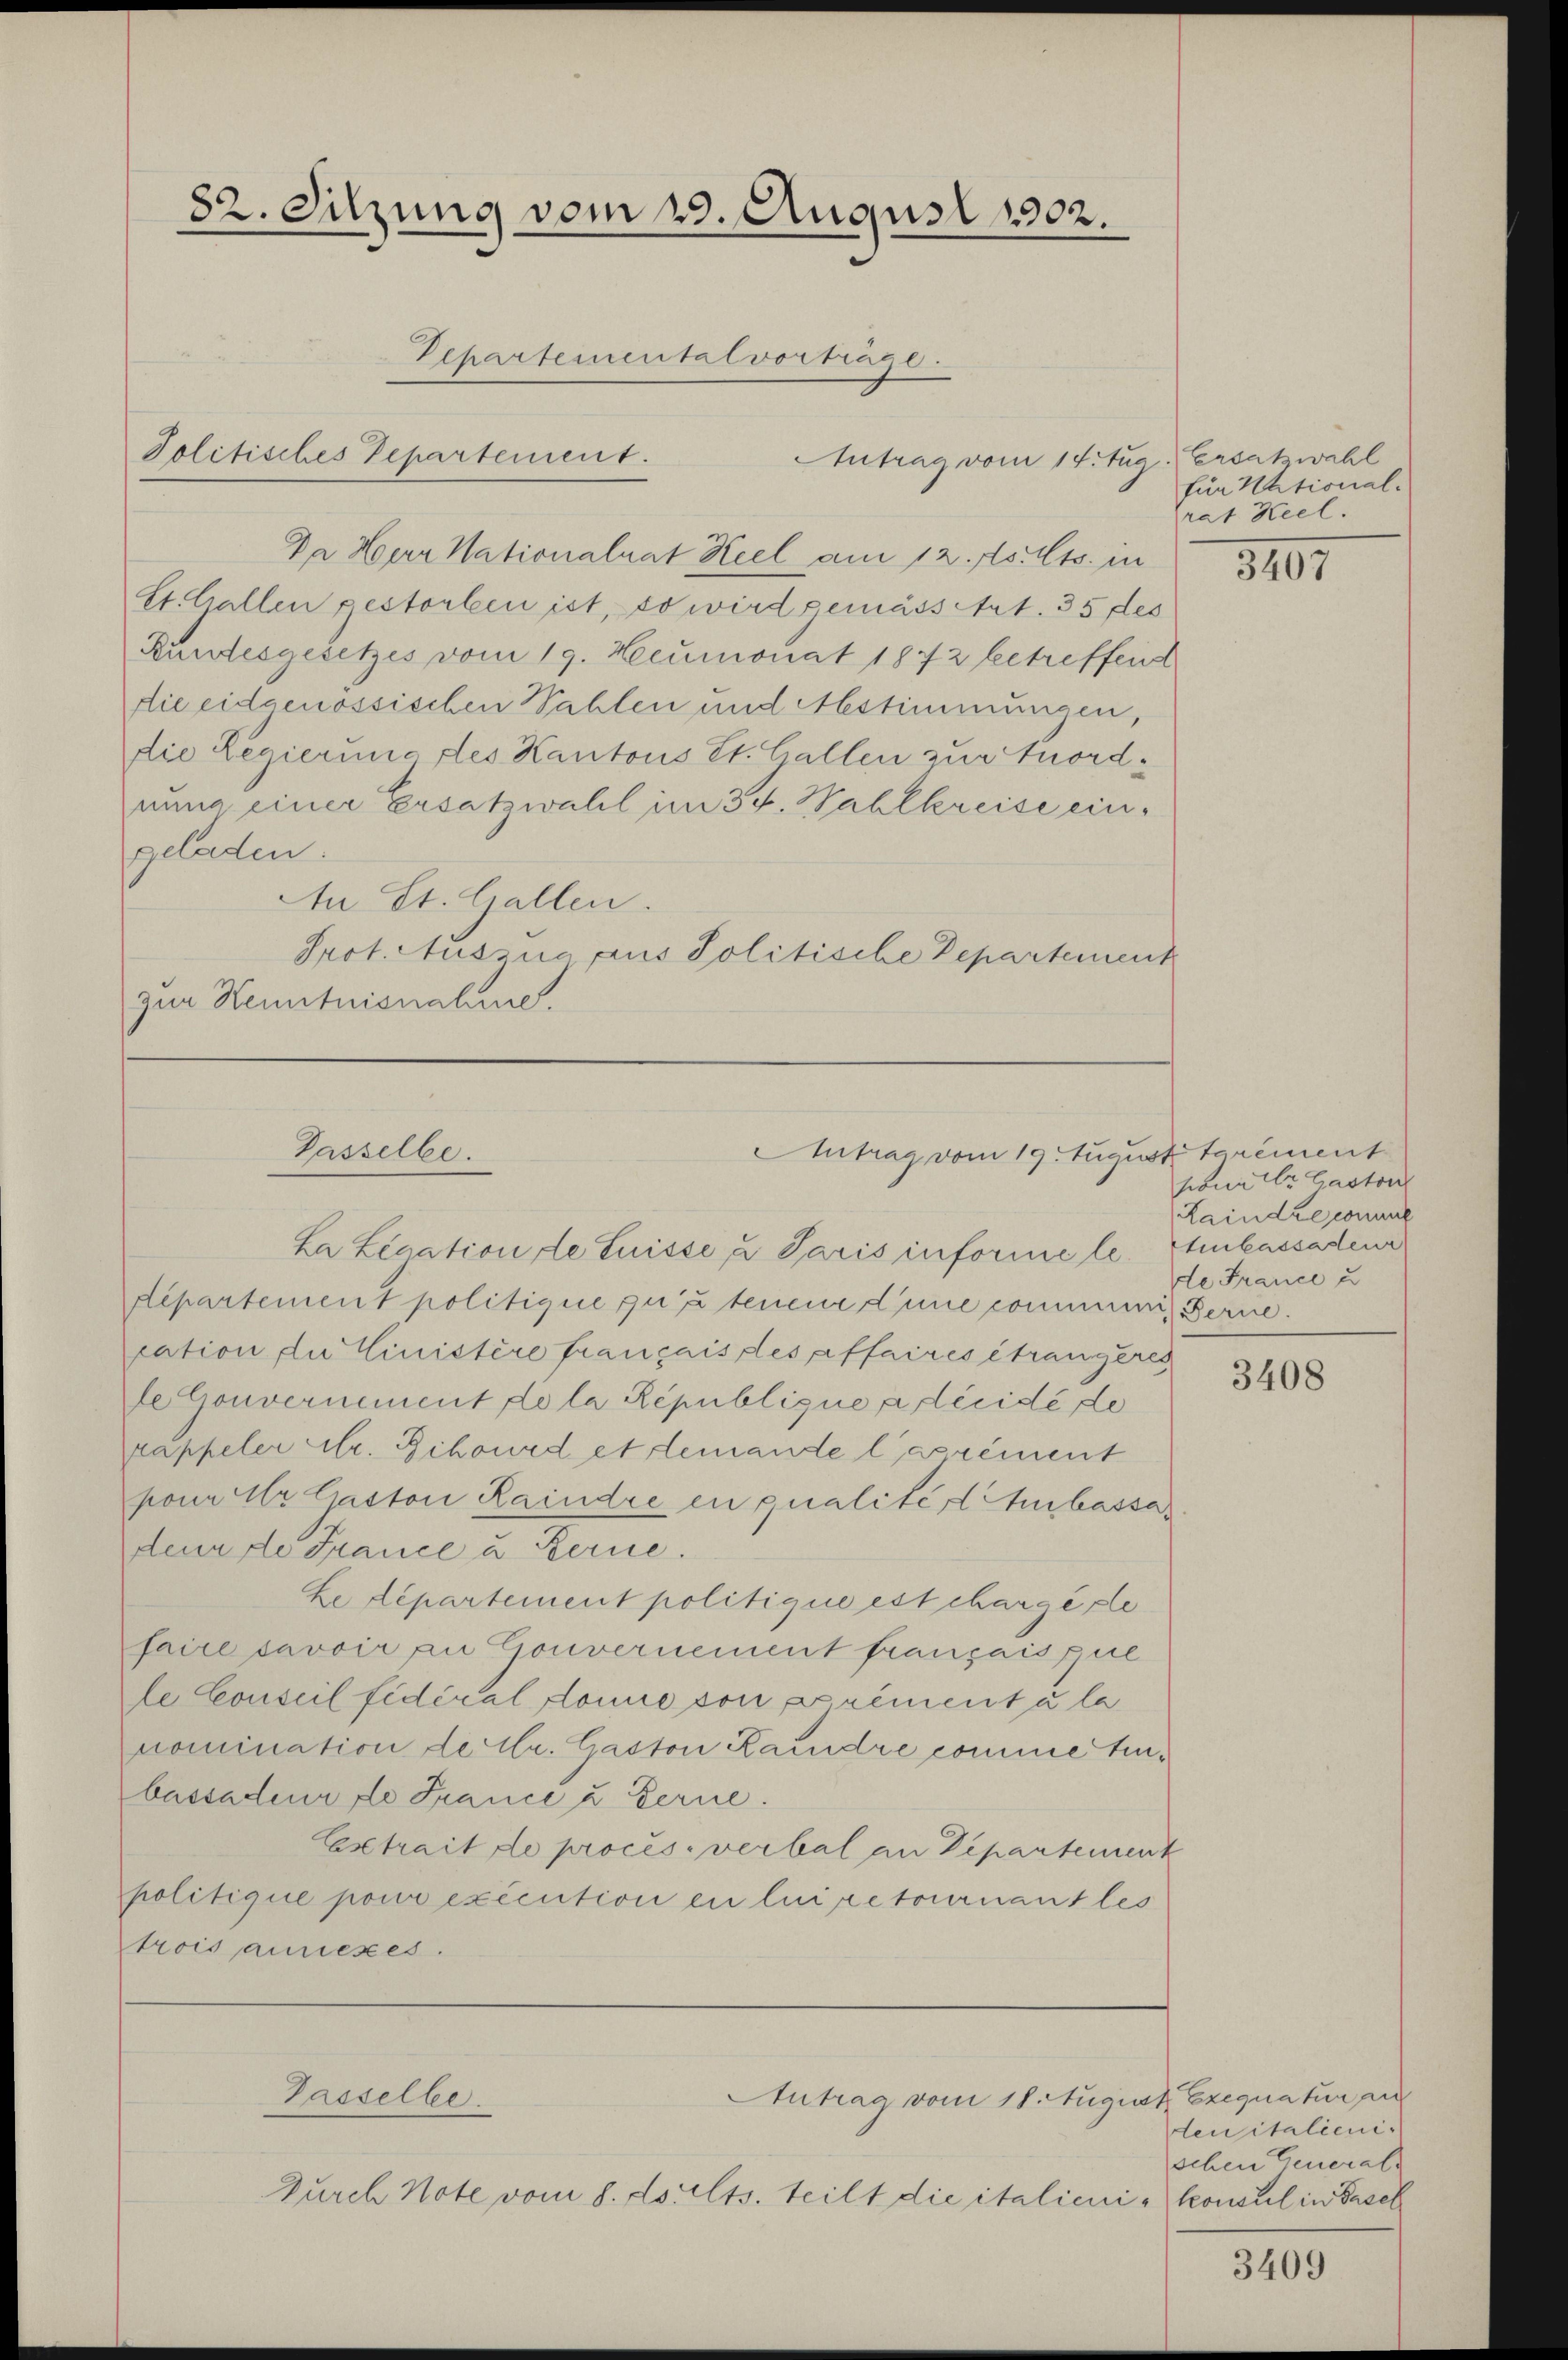
82. Sitzung vom 29. August 1902.
Departementalvorträge.
Jolitisches Departement.
Antrag vom 14. Aug. Ersatzwahl

St. Gallen pestorben ist, so wird gemässetzt. 35 des
Bundesgesetzes vom 19. Heumonat 1842 betreffend
die eidgenössischen Wahlen und Abstimmungen,
die Legierung des Kantons St. Gallen zur Anordnung einer Ersatzwahl im 34. Wahlkreise eingeladen.
tn St. Gallen.
Prot. Aussia aus Politische Departement
zur Kenntnisnahme.

Da Herr Nationalrat Keel am 12. Als Mts. in

Passelbe.
Antrag vom 19. Zugi

ka Legation de Luisse u Paris informe le Stenkassateur
departement politique zu u. tenene Eine commen, Ferne.
cation die Einistère français des affaires étrangeres
de Gouvernement de la République pleide de
rappeler Ulr. Schourd et demande l’agrément
pour Ur Gaston Kaindre en qualiter Auskassa
deur de France u. Ferne.
Le Departement politique est chargeste
faire savoir an Gouvernement français pue
le Conseil fidéral donne von agrément à la
nomination de Cr. Gaston Kandre comme teubassadeur de France u Ferne.
Extrait de proces. verbal an Departement
politique pour exécution en lui retournant les
trois annexes.

Gasselbe.
Antrag vom 18. August Exequatur per
Durch Note vom 8. dsults. teilt die italieni¬

für National-
rat Keel.

3105

isttarement
poner Gastor
Laindre comune
de France u

3408

deuitalienischen Generals
konsul in Basel

3409